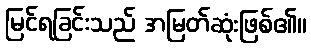
မြင်ရခြင်းသည် အမြတ်ဆုံးဖြစ်၏။